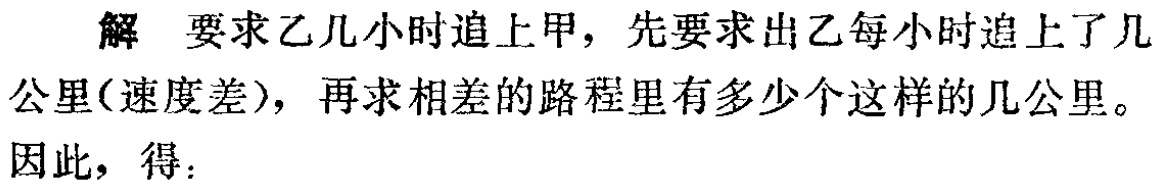
解 要求乙几小时追上甲，先要求出乙每小时追上了几公里(速度差)，再求相差的路程里有多少个这样的几公里。

因此，得：